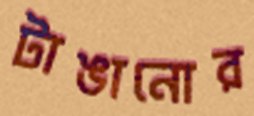
টাঙানোর